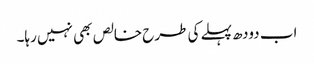
اب دودھ پہلے کی طرح خالص بھی نہیں رہا۔